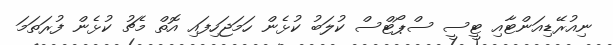
ނިއުރޭޑިއަންޓާއި ޓީސީ ސްޕޯޓްސް ކުލަބު ކުޅެން ހަމަޖަހިފައި އޮތް މެޗު ކުޅެން ފުރަތަމަ